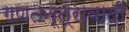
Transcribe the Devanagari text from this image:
गणतन्त्रावादी